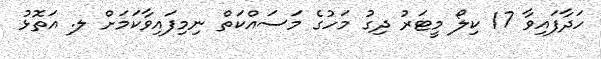
ހަދާފައިވާ 17 ކިލޯ މީޓަރު ދިގު މަހުގެ މަސައްކަތް ނިމިފައިވާކަމަށް ލ. އަތޮޅު